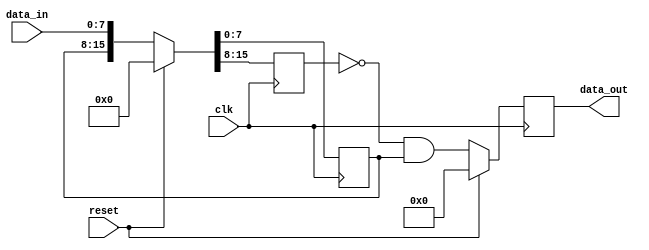
module rise_detect #(
        parameter integer data_width = 8
    )
    (
        output reg [data_width-1:0]data_out,
        input [data_width-1:0] data_in,
        input clk,
        input reset
    );
    
        reg [data_width-1:0] data_in_1;
        reg [data_width-1:0] data_in_2;
        
        always@(posedge clk) begin 
            if(reset) begin
                {data_in_2, data_in_1} <= 0;
            end else begin
                {data_in_2, data_in_1} <= {data_in_1, data_in};
            end
        end
        
        wire [data_width-1:0] data_out_comb;
        assign data_out_comb = (~data_in_2) & (data_in_1);
        
        always@(posedge clk) begin 
            if(reset) begin
                data_out <= 0;
            end else begin
                data_out <= data_out_comb;
            end
        end
    
    
        
endmodule